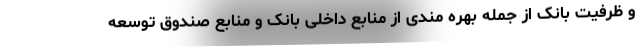
و ظرفیت بانک از جمله بهره مندی از منابع داخلی بانک و منابع صندوق توسعه